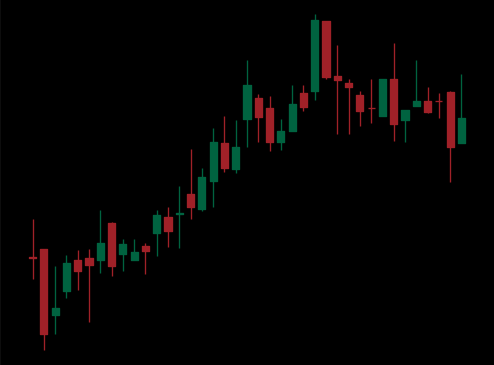
Pattern: bear_flag